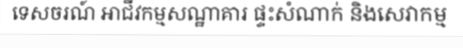
ទេសចរណ៍ អាជីវកម្មសណ្ឋាគារ ផ្ទះសំណាក់ និងសេវាកម្ម